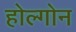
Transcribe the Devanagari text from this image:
होल्गोन